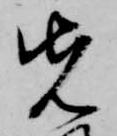
先